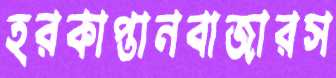
হরকাপ্তানবাজারস